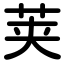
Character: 荚